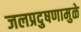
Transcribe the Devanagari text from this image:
जलप्रदुषणामुळे